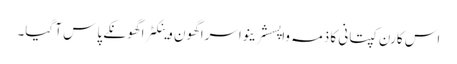
اس کارن کپتانی کا ذمہ واپسشرینواسراگھون وینکٹراگھونکے پاس آ گیا۔